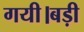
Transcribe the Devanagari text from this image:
गयी।बड़ी